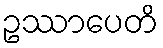
ဥဿာပေတိ